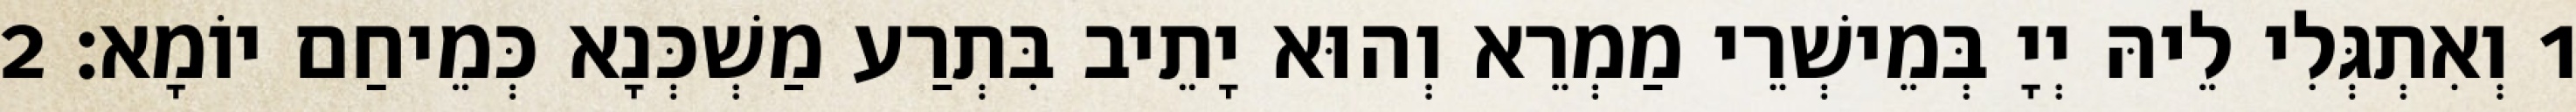
1 וְאִתְגְּלִי לֵיהּ יְיָ בְּמֵישְׁרֵי מַמְרֵא וְהוּא יָתֵיב בִּתְרַע מַשְׁכְּנָא כְּמֵיחַם יוֹמָא׃ 2